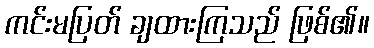
ကင်းမပြတ် ချထားကြသည် ဖြစ်၏။